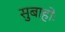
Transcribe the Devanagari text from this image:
सुबाहोः